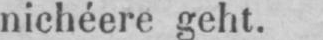
níchéere geht.